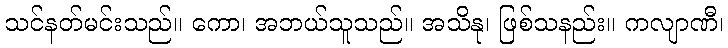
သင်နတ်မင်းသည်။ ကော၊ အဘယ်သူသည်။ အသိနု၊ ဖြစ်သနည်း။ ကလျာဏီ၊